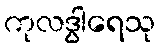
ကုလဒွါရေသု